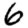
Digit: 6